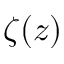
\zeta ( z )